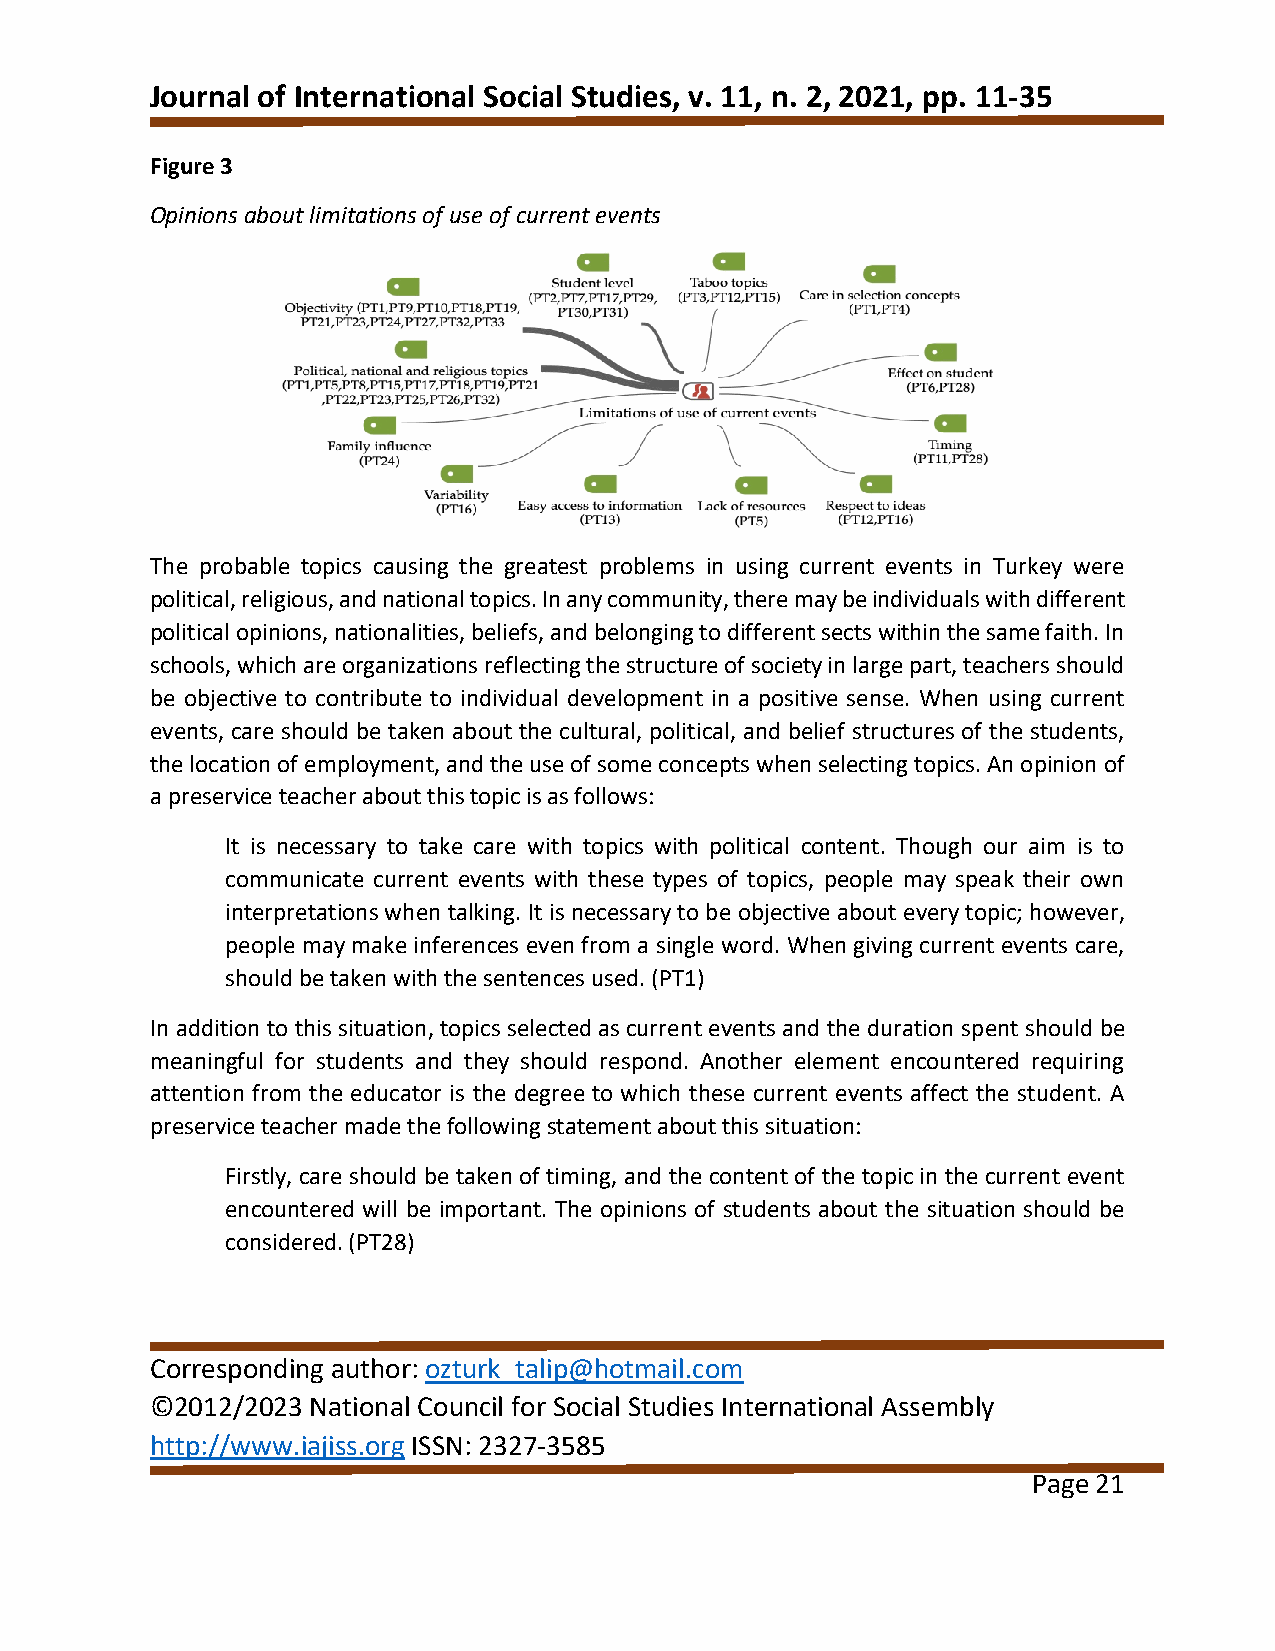
Journal of International Social Studies, v. 11, n. 2, 2021, pp. 11-35
 Figure 3
 Opinions about limitations of use of current events
 The probable topics causing the greatest problems in using current events in Turkey were
 political, religious, and national topics. In any community, there may be individuals with different
 political opinions, nationalities, beliefs, and belonging to different sects within the same faith. In
 schools, which are organizations reflecting the structure of society in large part, teachers should
 be objective to contribute to individual development in a positive sense. When using current
 events, care should be taken about the cultural, political, and belief structures of the students,
 the location of employment, and the use of some concepts when selecting topics. An opinion of
 a preservice teacher about this topic is as follows:
 It is necessary to take care with topics with political content. Though our aim is to
 communicate current events with these types of topics, people may speak their own
 interpretations when talking. It is necessary to be objective about every topic; however,
 people may make inferences even from a single word. When giving current events care,
 should be taken with the sentences used. (PT1)
 In addition to this situation, topics selected as current events and the duration spent should be
 meaningful for students and they should respond. Another element encountered requiring
 attention from the educator is the degree to which these current events affect the student. A
 preservice teacher made the following statement about this situation:
 Firstly, care should be taken of timing, and the content of the topic in the current event
 encountered will be important. The opinions of students about the situation should be
 considered. (PT28)
 Corresponding author: ozturk_talip@hotmail.com
 ©2012/2023 National Council for Social Studies International Assembly
 http://www.iajiss.org ISSN: 2327-3585
 Page 21